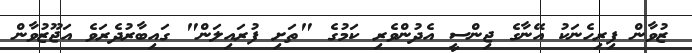
ޒުވާން ފިރިހެނަކު އޭނާގެ ޖިންސީ އެދުންވެރި ކަމުގެ "ތަށި ފުރައިލަން" ގައިބާރުދެރަވެ އަޖޫޒުވާން